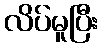
လိပ်မူပြီး